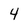
Character: 4